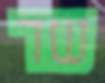
שד